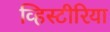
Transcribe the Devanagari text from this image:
व्हिस्टीरिया